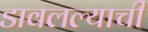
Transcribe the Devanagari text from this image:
डावलल्याची